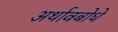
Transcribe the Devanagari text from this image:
अर्थावबोधे